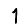
Digit: 1